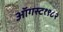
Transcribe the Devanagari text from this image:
ऑगस्ट१९८२